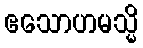
ဧသောဟမသ္မိ